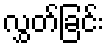
လွှတ်ခြင်း